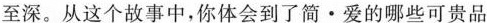
至深。从这个故事中，你体会到了简 · 爱的哪些可贵品